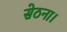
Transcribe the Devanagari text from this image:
सेठना।